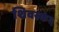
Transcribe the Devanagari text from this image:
शिवस्कंद